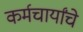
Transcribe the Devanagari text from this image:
कर्मचार्यांचे